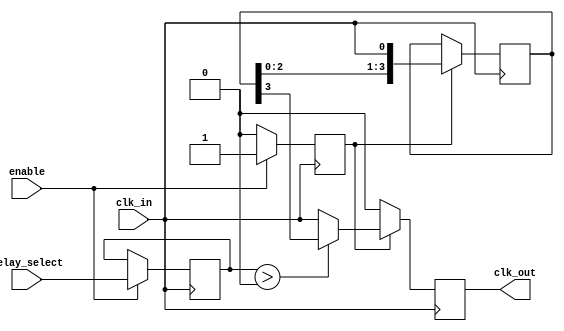
module delay_clock_buffer #(
    parameter DELAY_MAX = 4 // Maximum delay in clock cycles
)(
    input wire clk_in,        // Input clock signal
    input wire enable,        // Enable signal
    input wire [2:0] delay_select, // Select delay (0 to DELAY_MAX)
    output reg clk_out        // Output delayed clock signal
);

    // Internal signals for delay line
    reg [DELAY_MAX-1:0] delay_line; // Shift register for delay line
    reg [2:0] delay_counter;         // Counter to control delay
    reg enable_internal;              // Internal enable signal

    always @(posedge clk_in) begin
        if (enable) begin
            enable_internal <= 1'b1; // Activate the buffer
            delay_counter <= delay_select; // Set delay according to control input
        end else begin
            enable_internal <= 1'b0; // Deactivate the buffer
        end
    end

    always @(posedge clk_in) begin
        if (enable_internal) begin
            // Shift the delay line to introduce the specified delay
            delay_line <= {delay_line[DELAY_MAX-2:0], clk_in};
            // Update clk_out based on delay_counter
            if (delay_counter > 0) begin
                clk_out <= delay_line[DELAY_MAX-1]; // Output delayed clock
            end else begin
                clk_out <= clk_in; // No delay
            end
        end else begin
            clk_out <= 1'b0; // When disabled, output low
        end
    end

endmodule